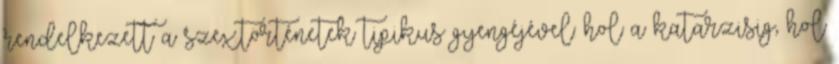
rendelkezett a szextörténetek tipikus gyengéjével: hol a katarzisig, hol